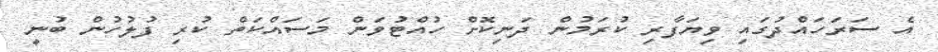
އެ ސަރަހައްދުގައި ވިޔަފާރި ކުރަމުން ދަނިކޮށް ހުއްޓުވަން މަސައްކަތް ކުރި ފުލުހުން ބުނީ